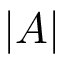
| A |